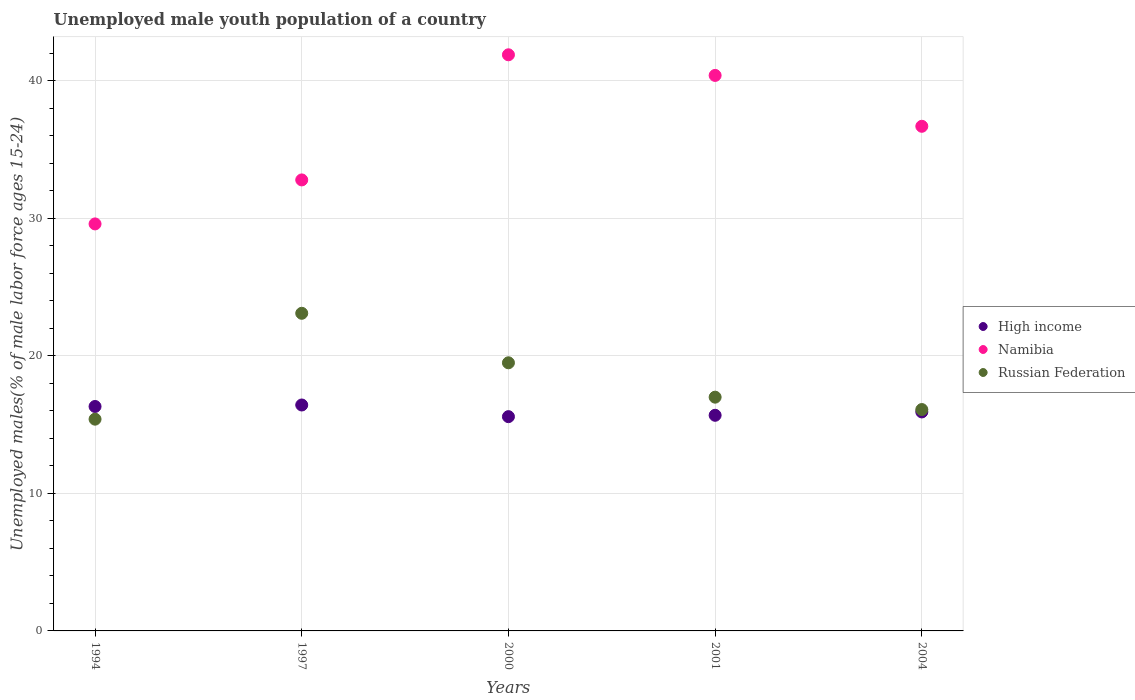
| Years | High income | Namibia | Russian Federation |
 | --- | --- | --- | --- |
 | 1994 | 16.3 | 29.6 | 15.4 |
 | 1997 | 16.4 | 32.8 | 23.1 |
 | 2000 | 15.6 | 41.9 | 19.5 |
 | 2001 | 15.7 | 40.4 | 17 |
 | 2004 | 15.9 | 36.7 | 16.1 |